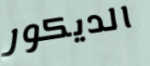
الديكور